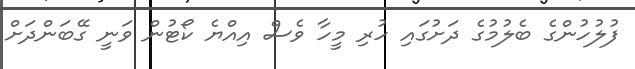
ފުލުހުންގެ ބެލުމުގެ ދަށުގައި ހުރި މީހާ ވެސް އިއްޔެ ކޯޓުން ވަނީ ގޭބަންދަށް